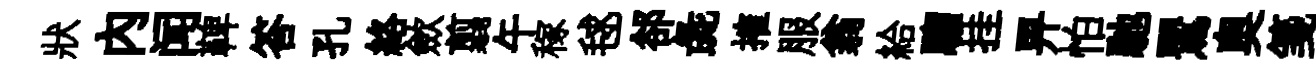
狀內闻鞞答孔絡歛翦午稼毬郤彘搉服翁給騮挂畀怕馳鸎奥箋